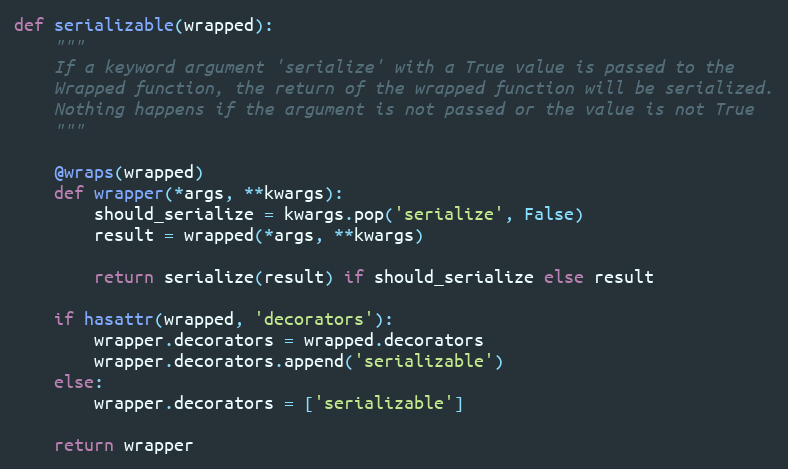
Language: Python
def serializable(wrapped):
    """
    If a keyword argument 'serialize' with a True value is passed to the
    Wrapped function, the return of the wrapped function will be serialized.
    Nothing happens if the argument is not passed or the value is not True
    """

    @wraps(wrapped)
    def wrapper(*args, **kwargs):
        should_serialize = kwargs.pop('serialize', False)
        result = wrapped(*args, **kwargs)

        return serialize(result) if should_serialize else result

    if hasattr(wrapped, 'decorators'):
        wrapper.decorators = wrapped.decorators
        wrapper.decorators.append('serializable')
    else:
        wrapper.decorators = ['serializable']

    return wrapper